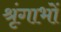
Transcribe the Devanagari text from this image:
श्रृंगाभों